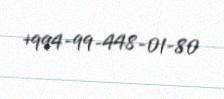
+994-99-448-01-80